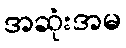
အဆုံးအမ